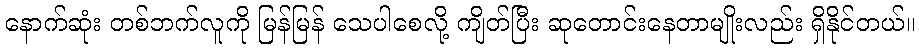
နောက်ဆုံး တစ်ဘက်လူကို မြန်မြန် သေပါစေလို့ ကျိတ်ပြီး ဆုတောင်းနေတာမျိုးလည်း ရှိနိုင်တယ်။